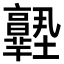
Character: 𡔊